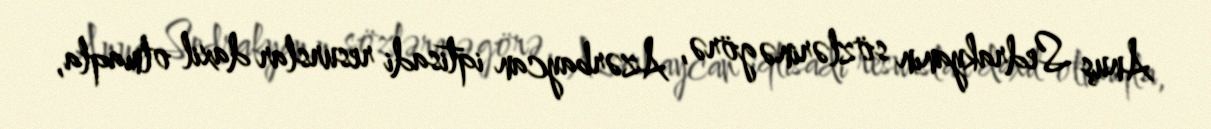
Anuş Sedrakyanın sözlərinə görə, Azərbaycan iqtisadi resurslar daxil olmaqla,